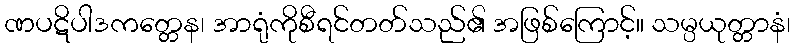
ဏပဋိပါဒကတ္တေန၊ အာရုံကိုစီရင်တတ်သည်၏ အဖြစ်ကြောင့်။ သမ္ပယုတ္တာနံ၊